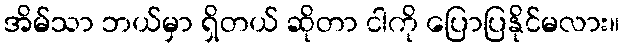
အိမ်သာ ဘယ်မှာ ရှိတယ် ဆိုတာ ငါကို ပြောပြနိုင်မလား။